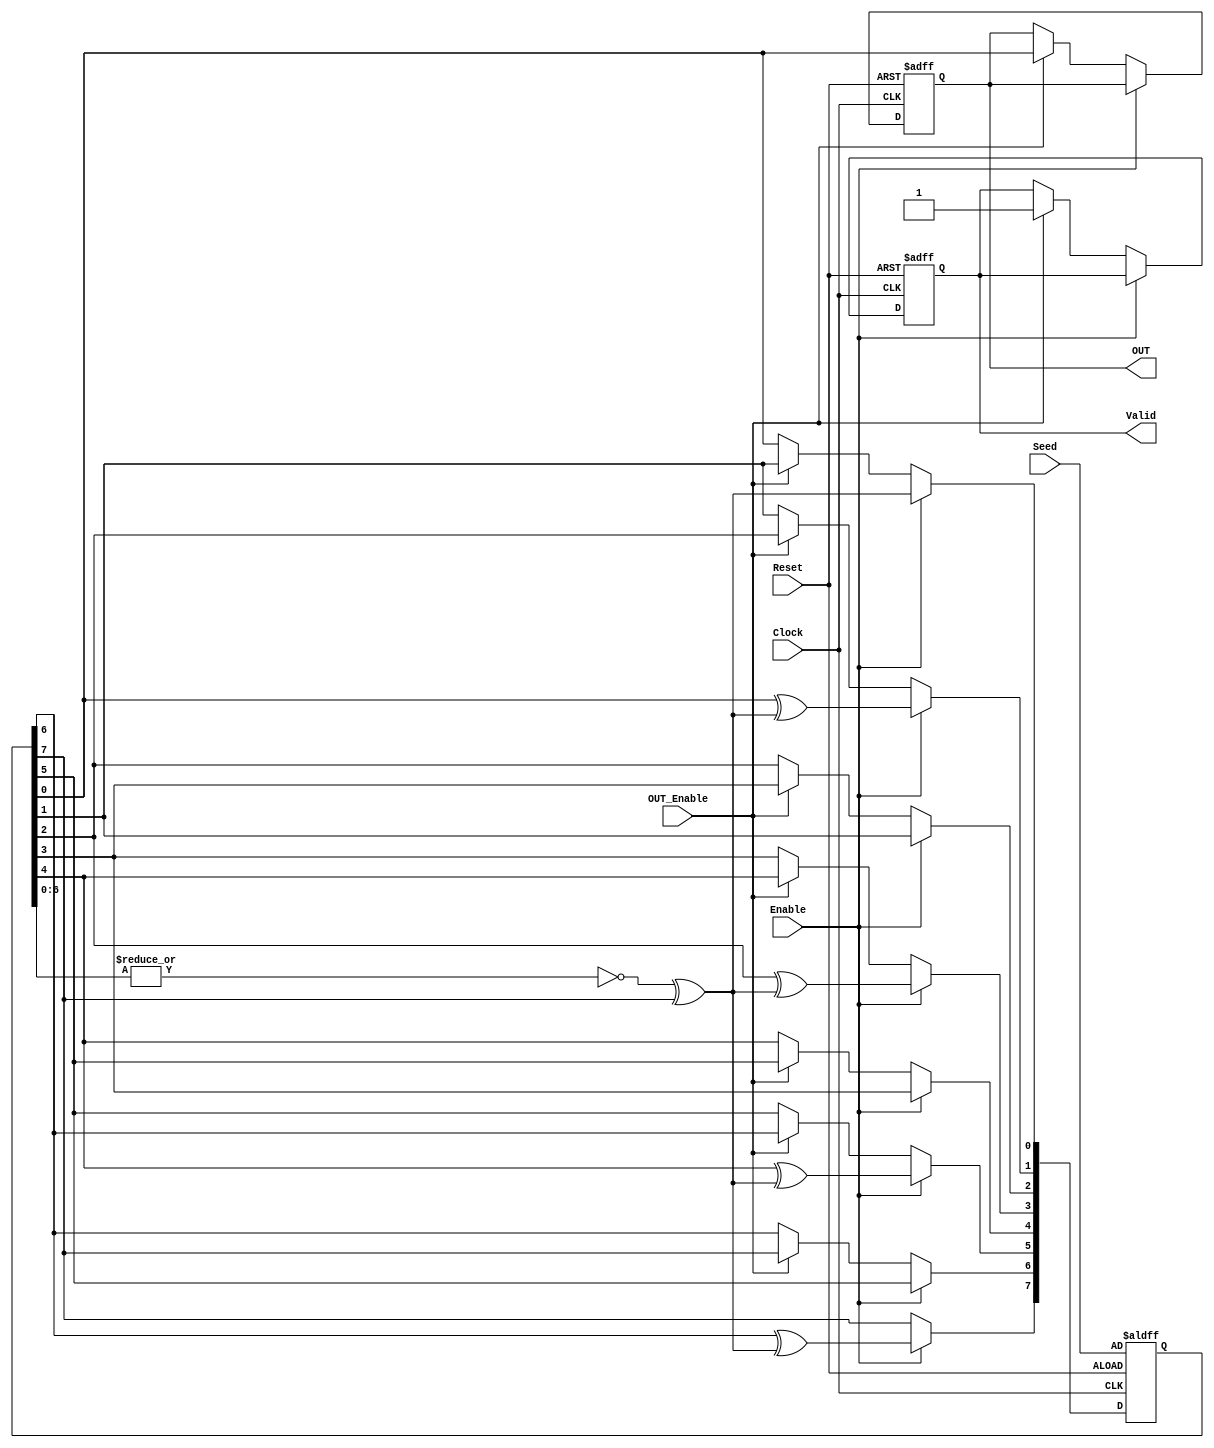
module LFSR (

input  wire       Clock, Reset , Enable , OUT_Enable,
input  wire [7:0] Seed,
output reg        OUT, Valid 
);

reg[7:0] LFSR;         // declare 8-bit register

integer N ;
parameter [7:0] Taps = 8'b10101010;     // taps defines the sequence 

wire Bits0_6, Feedback ;

assign Bits0_6  = ~| LFSR[6:0];
assign Feedback = Bits0_6 ^ LFSR [7] ;


always@(posedge Clock or negedge Reset)
begin
	if (!Reset) 
		begin
			LFSR <= Seed;
			OUT <= 1'b0;
			Valid <= 1'b0;
		end
	else if(Enable)
		begin	 
			LFSR[0] <= Feedback; 	 
			for (N=7; N>=1; N=N-1) 
			if (Taps[N] == 1) 
				LFSR[N] <= LFSR[N-1] ^ Feedback; 
			else 
				LFSR[N] <= LFSR[N-1]; 
		end
	else if(OUT_Enable)
	    begin
			{LFSR[6:0],OUT} <= LFSR ;
			Valid <= 1'b1;
			/*
			OUT     <= LFSR[0]
			LFSR[0] <= LFSR[1]
			LFSR[1] <= LFSR[2]
			LFSR[2] <= LFSR[3]
			LFSR[3] <= LFSR[4]
			LFSR[4] <= LFSR[5]
			LFSR[5] <= LFSR[6]
			LFSR[6] <= LFSR[7]
			*/
		end
end
		   



endmodule